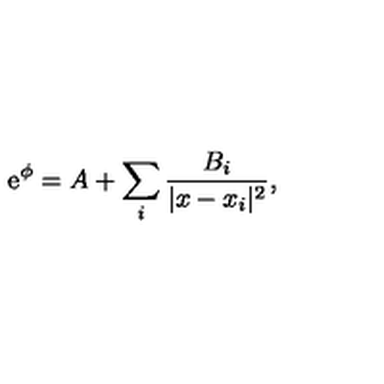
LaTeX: \mathrm { e } ^ { \phi } = A + \sum _ { i } \frac { B _ { i } } { | x - x _ { i } | ^ { 2 } } ,